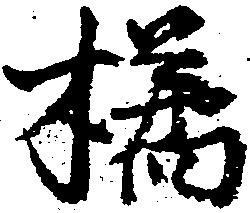
橘